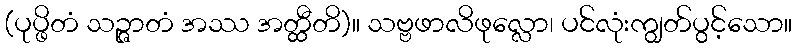
(ပုပ္ဖိတံ သဉ္ဇာတံ အဿ အတ္ထီတိ)။ သဗ္ဗဖာလိဖုလ္လော၊ ပင်လုံးကျွတ်ပွင့်သော။